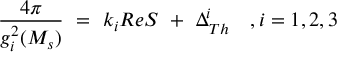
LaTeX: { \frac { 4 \pi } { g _ { i } ^ { 2 } ( M _ { s } ) } } \ = \ k _ { i } R e S \ + \ \Delta _ { T h } ^ { i } \ \ \ , i = 1 , 2 , 3